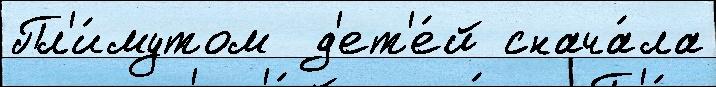
Пл'и́мутом  д'ет'е́й снача́ла